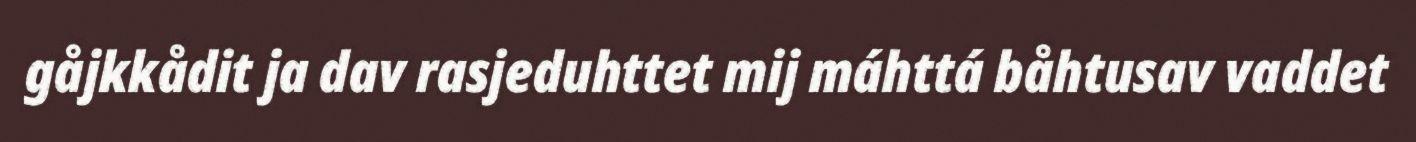
gåjkkådit ja dav rasjeduhttet mij máhttá båhtusav vaddet